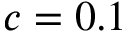
c = 0 . 1